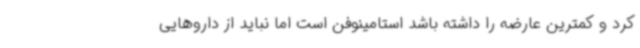
کرد و کمترین عارضه را داشته باشد استامینوفن است اما نباید از داروهایی